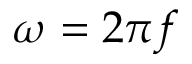
\omega = 2 \pi f